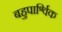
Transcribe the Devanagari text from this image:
बहुपार्श्विक